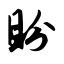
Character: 盼